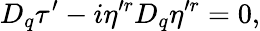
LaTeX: D_{q}\tau^{\prime}-i\eta^{\prime r}D_{q}\eta^{\prime r}=0,